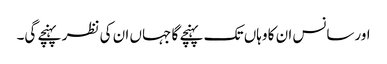
اورسانس ان کا وہاں تک پہنچے گا جہاں ان کی نظر پہنچے گی۔